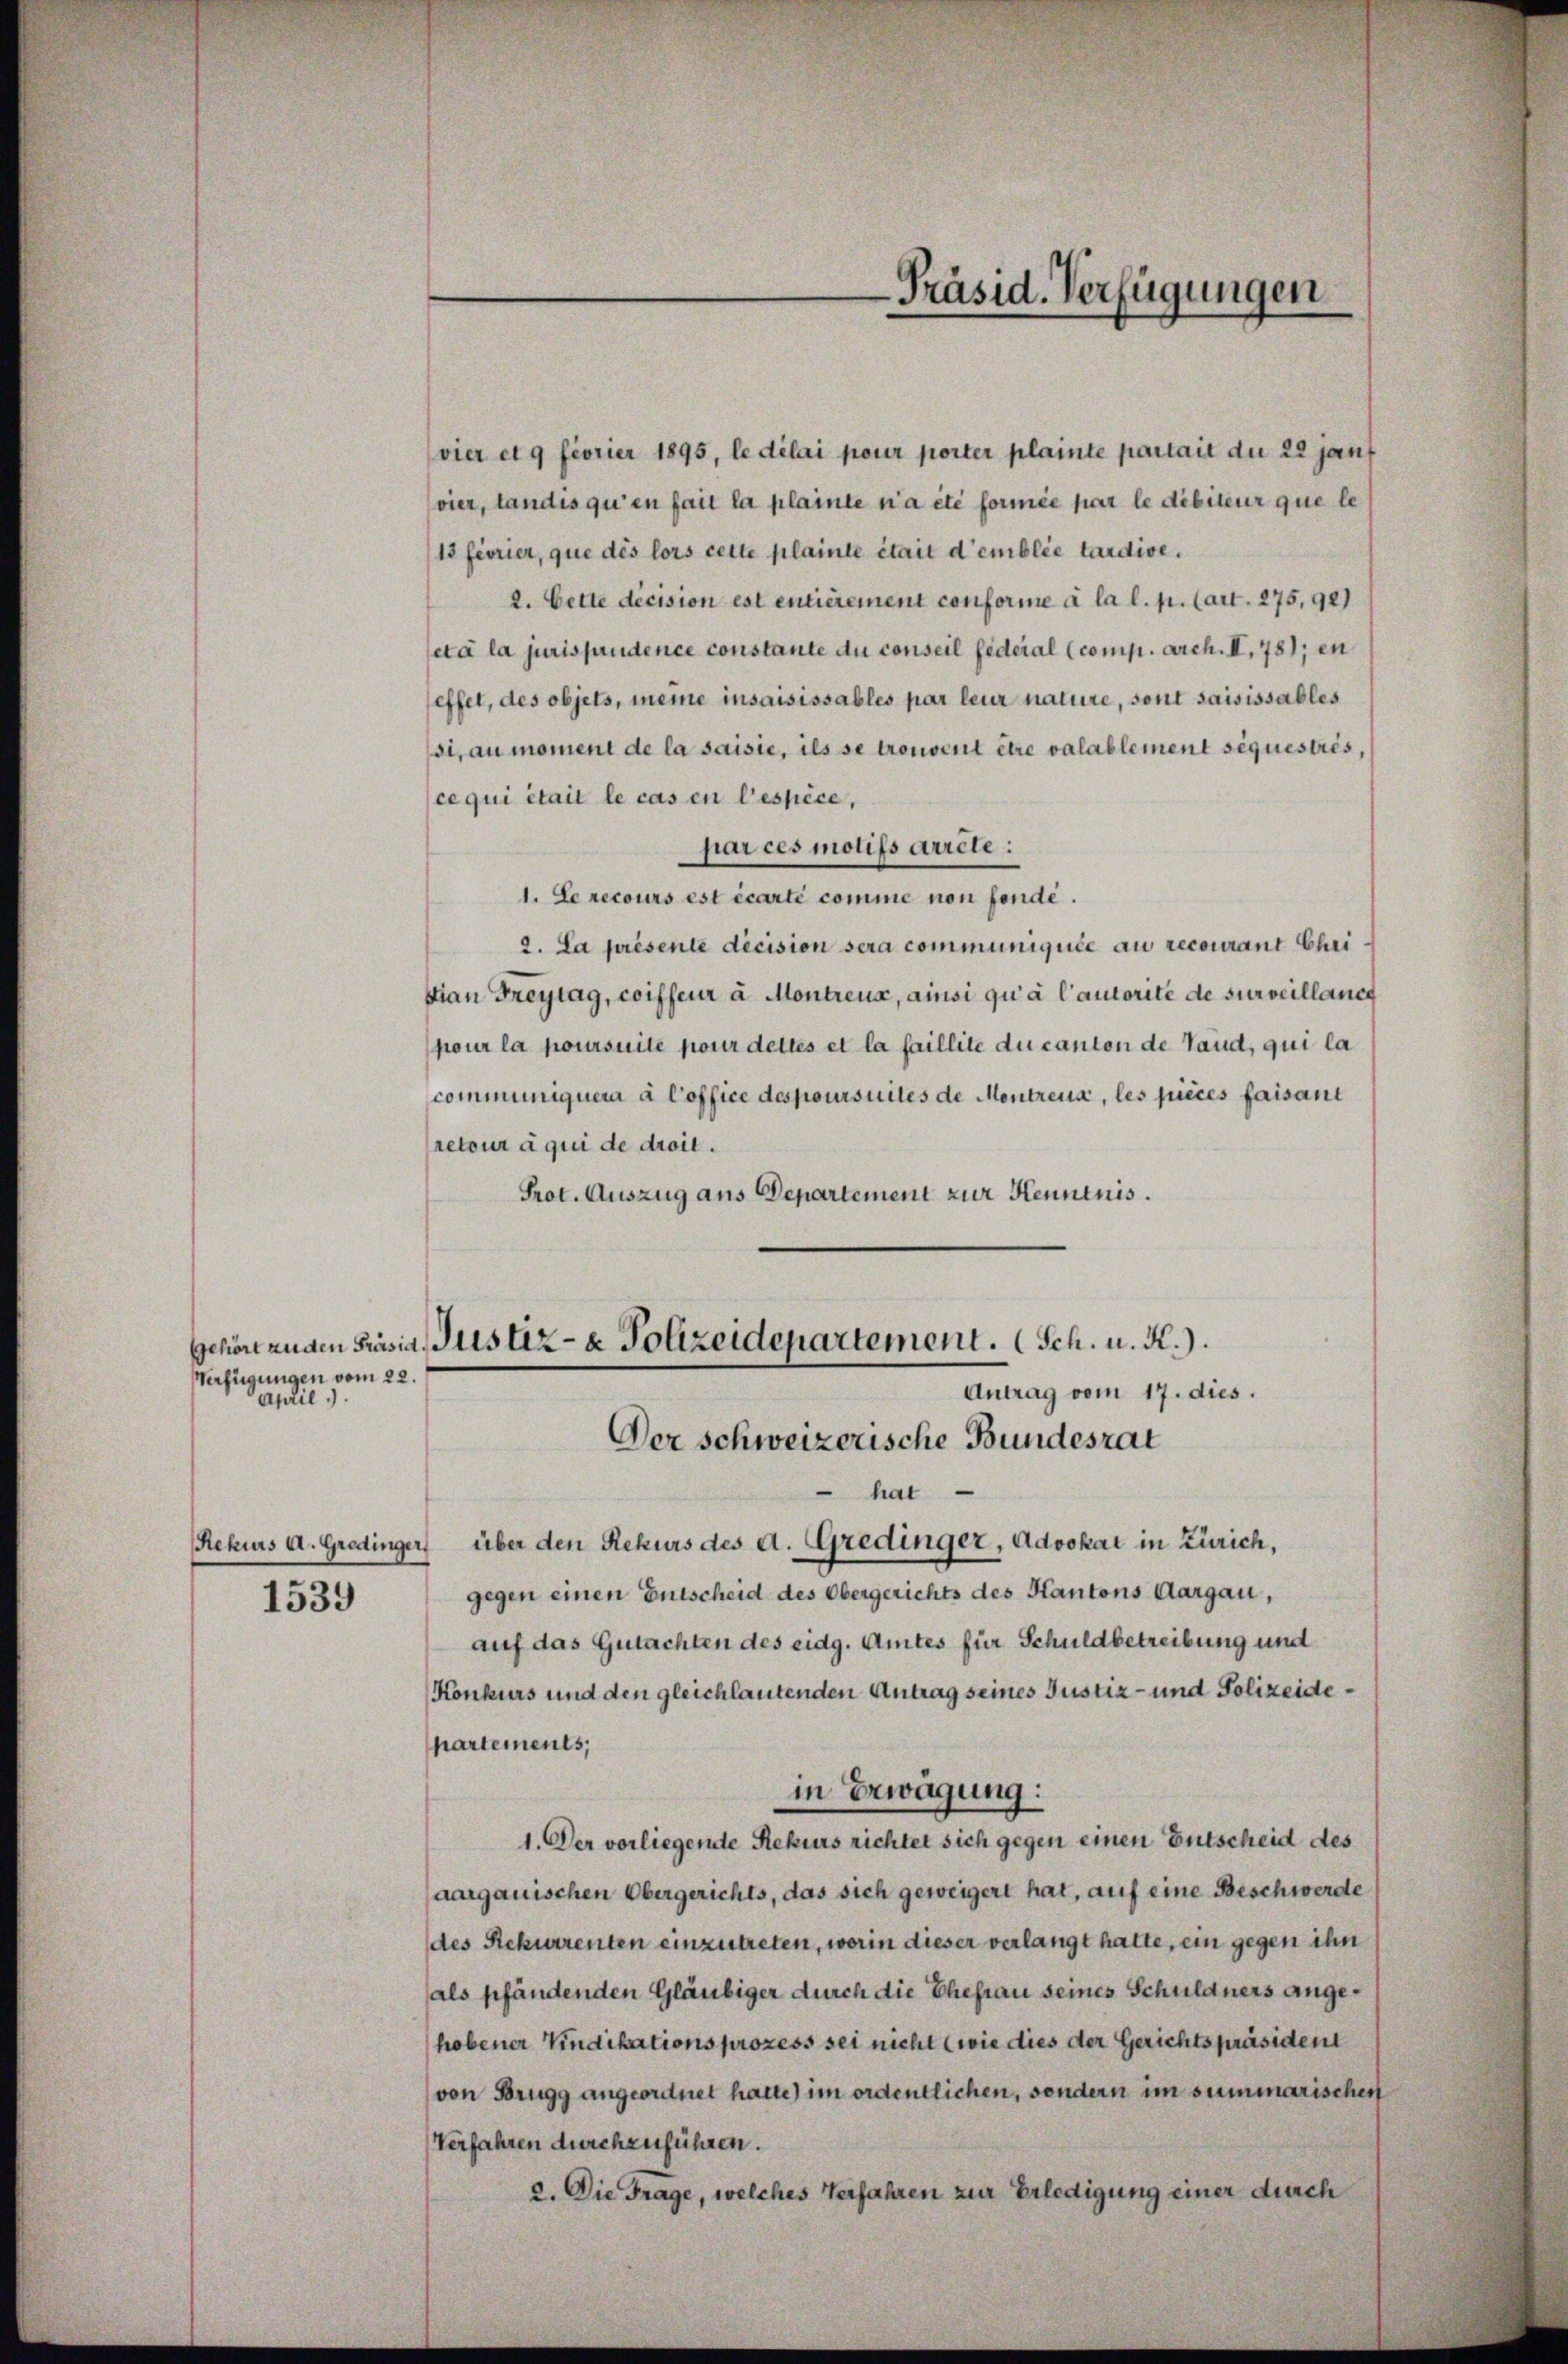
Verfügungen vom 22.
April

Rekurs a. Gredinger,

1539

(vier et 9 feorier 1895, le délai pour porter plainte partait du 22 janf
vier, Landis qu’en fait la plainte n’a été formée par le débiteur que le
13 feorier, que des lors cette plainte était d’emblie tardive.
2. Cette decision est entièrement conforme à la l. p. (art. 275,92)
eta la jurisprudence constante du conseil federal (comp. Arch. I, 781, en
effet, des objets, meine insaisissables par leur nature, sont saisissables
si, au moment de la saisie, ils se trouvent être valablement séquestris,
ce qui était le cas en l’espèce,
par ces motifs arrête:
1. Le recours est écarte comme non fende.
2. La présente decision sera communiquée au recourant Chri
sian Freytag, coiffeur à Montreux, ainsi qu’à l’autorité de surveillanch
pour la poursuite pour dettes et la faillite du canton de Vaud, qui la
communiquera à Coffice des poursuites de Montreux, les pièces faisant
retour à qui de droit.
Prot. Auszug aus Departement zur Kenntnis.

hat
über den Rekurs des d. Gredinger, Advokat in Zürich,
gegen einen Entscheid des Obergerichts des Kantons Aargau,
auf das Gutachten des eidg. Amtes für Schuldbetreibung und
Konkurs und den gleichlautenden Antrag seines Justiz- und Polizeidepartements,
in Erwägung:
1. Der vorliegende Rekurs richtet sich gegen einen Entscheid des
aargauischen Obergerichts, das sich geweigert hat, auf eine Beschwerde
des Rekurrenten einzutreten, worin dieser verlangt hatte, ein gegen ihn
als pfändenden Gläubiger durch die Ehefrau seines Schuldners angehobener Vindikations prozess sei nicht (wie dies der Gerichtspräsident
von Brugg angeordnet hatte) im ordentlichen, sondern im summarischen
Verfahren durchzuführen.
2. Die Frage, welches Verfahren zur Erledigung einer durch

Präsid. Verfügungen

Gehört anden Präsia Justiz- & Polizeidepartement. (Sch. u. A.).
Antrag vom 17. dies.
Der schweizerische Bundesrat